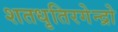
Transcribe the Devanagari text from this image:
शतधृतिरगेन्द्रो